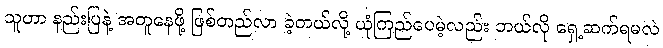
သူဟာ နည်းပြနဲ့ အတူနေဖို့ ဖြစ်တည်လာ ခဲ့တယ်လို့ ယုံကြည်ပေမဲ့လည်း ဘယ်လို ရှေ့ဆက်ရမလဲ